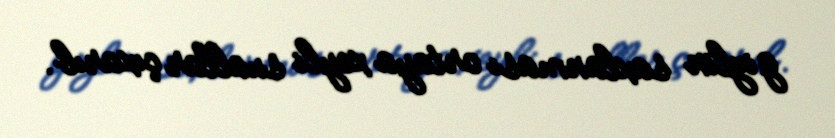
gizlin saxlanması ortaya xeyli suallar çıxarıb.